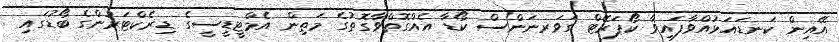
އޭއިން ކަނޑައަޅުއްވާފައިވާ ކޯޕަރޭޓް ގަވަރނަންސް ކޯޑާ އެއްގޮތްވާގޮތުގެ މަތިން އެމްޓީޑީސީގެ ޑިރެކްޓަރުންގެ ބޯޑުގައި